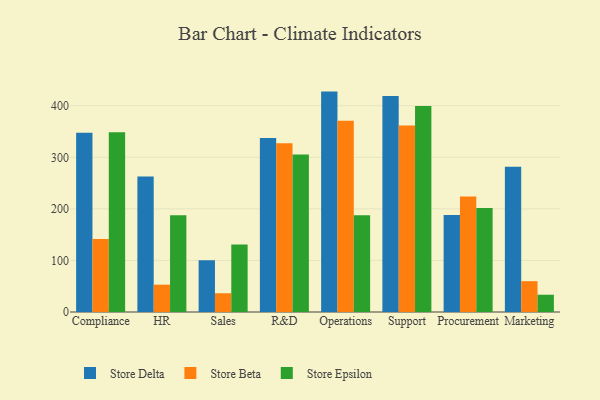
{"axis": {"x": "Department", "y": "Waste Production (Tons)"}, "legend": ["Store Beta", "Store Delta", "Store Epsilon"], "data": [{"x": "Compliance", "y": 347.5, "type": "Store Delta"}, {"x": "Compliance", "y": 141.7, "type": "Store Beta"}, {"x": "Compliance", "y": 348.4, "type": "Store Epsilon"}, {"x": "HR", "y": 262.7, "type": "Store Delta"}, {"x": "HR", "y": 53.0, "type": "Store Beta"}, {"x": "HR", "y": 187.4, "type": "Store Epsilon"}, {"x": "Sales", "y": 100.4, "type": "Store Delta"}, {"x": "Sales", "y": 36.4, "type": "Store Beta"}, {"x": "Sales", "y": 130.8, "type": "Store Epsilon"}, {"x": "R&D", "y": 337.4, "type": "Store Delta"}, {"x": "R&D", "y": 327.3, "type": "Store Beta"}, {"x": "R&D", "y": 305.4, "type": "Store Epsilon"}, {"x": "Operations", "y": 427.4, "type": "Store Delta"}, {"x": "Operations", "y": 371.0, "type": "Store Beta"}, {"x": "Operations", "y": 187.5, "type": "Store Epsilon"}, {"x": "Support", "y": 418.9, "type": "Store Delta"}, {"x": "Support", "y": 361.7, "type": "Store Beta"}, {"x": "Support", "y": 399.5, "type": "Store Epsilon"}, {"x": "Procurement", "y": 188.2, "type": "Store Delta"}, {"x": "Procurement", "y": 224.1, "type": "Store Beta"}, {"x": "Procurement", "y": 201.9, "type": "Store Epsilon"}, {"x": "Marketing", "y": 281.9, "type": "Store Delta"}, {"x": "Marketing", "y": 59.8, "type": "Store Beta"}, {"x": "Marketing", "y": 33.5, "type": "Store Epsilon"}]}